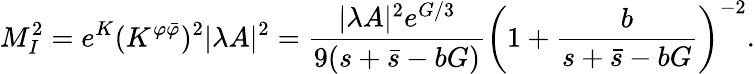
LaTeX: M_{I}^{2}=e^{K}(K^{\varphi\bar{\varphi}})^{2}|\lambda A|^{2}=\frac{|\lambda A|^{2}e^{G/3}}{9(s+\bar{s}-bG)}\left(1+\frac{b}{s+\bar{s}-bG}\right)^{-2}.